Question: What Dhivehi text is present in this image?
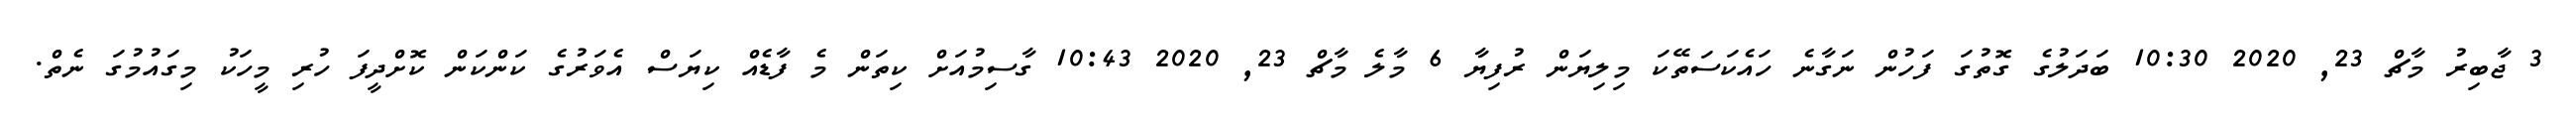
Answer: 3 ޖާބިރު މާޗް 23, 2020 10:30 ބަދަލުގެ ގޮތުގަ ފަހުން ނަގާނެ ހައެކަސަތޭކަ މިލިޔަން ރުފިޔާ 6 މާލެ މާޗް 23, 2020 10:43 ގާސިމުއަށް ކިތަން މެ ފާޑެއް ކިޔަސް އެވަރުގެ ކަންކަން ކޮށްދީފަ ހުރި މީހަކު މިގައުމުގަ ނެތް.